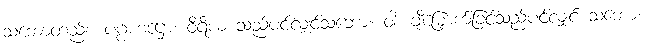
သဘောတည်း။ ပဂ္ဂဟဋ္ဌော၊ ဝီရိယ သည်ပင်လျှင်သဘော။ ဝါ။ ချီမြှောက်ခြင်သည်ပင်လျှင် သဘော။